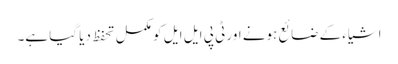
اشیاء کے ضائع ہونے اور ٹی پی ایل ایل کو مکمل تحفظ دیا گیا ہے۔